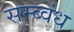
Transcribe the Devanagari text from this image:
सम्ब्वंध